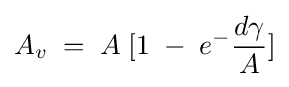
A_{v}\;=\;A\;[1\;-\;e^{-}{\frac {d\gamma }{A}}]